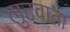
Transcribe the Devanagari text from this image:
लुटवाता